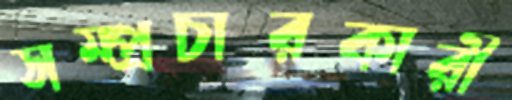
সম্প্রচারকারী